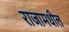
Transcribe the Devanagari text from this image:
राजामधील